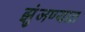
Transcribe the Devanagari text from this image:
झुंजण्यात